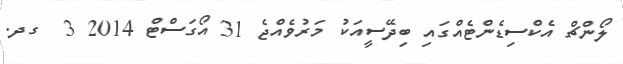
ލޯންޗް އެކްސިޑެންޓެއްގައިި ބިދޭސީއަކު މަރުވެއްޖެ 31 އޯގަސްޓް 2014 3  ގދ.